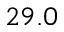
2 9 . 0